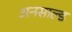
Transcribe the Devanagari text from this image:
अनसाल्ड